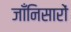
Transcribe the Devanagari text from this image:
जाँनिसारों